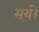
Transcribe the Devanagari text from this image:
सूर्य।